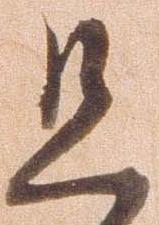
旦